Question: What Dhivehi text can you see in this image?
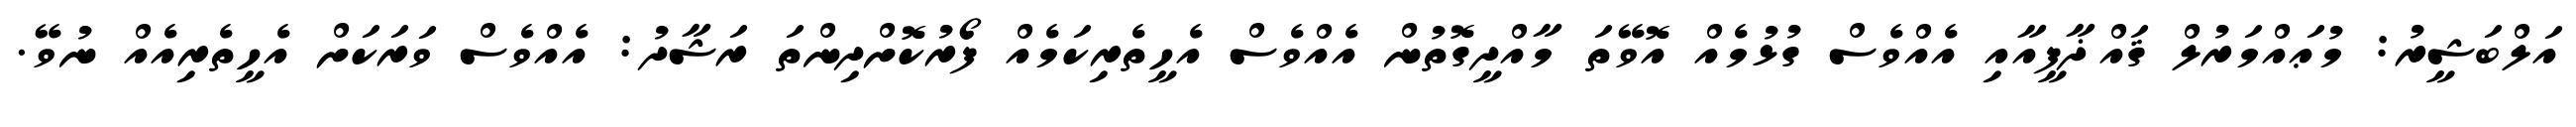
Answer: އަލްބަޝީރު: މުޢައްމަރުލް ޤައްޛާފީއާއި އެއްވެސް ގުޅުމެއް އޮވޭތަ މާއްދީގޮތުން އެއްވެސް އެހީތެރިކަމެއް ފޯރުކޮށްދިންތަ ރަޝާދު: އެއްވެސް ވަރަކަށް އެހީތެރިއެއް ނުވޭ.